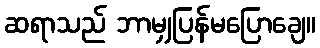
ဆရာသည် ဘာမျှပြန်မပြောချေ။